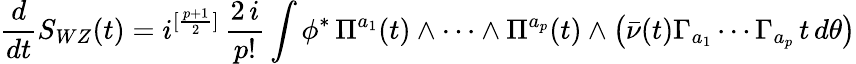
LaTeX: \frac{d}{dt}S_{WZ}(t)=i^{[\frac{p+1}{2}]}\, \frac{2\, i}{p!}\int\phi^{*}\, \Pi^{a_{1}}(t)\wedge\cdots\wedge\Pi^{a_{p}}(t)\wedge\left(\bar{\nu}(t)\Gamma_{a_{1}}\cdots\Gamma_{a_{p}}\, t\, d\theta\right)